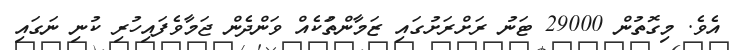
އެވެ. މިގޮތުން 29000 ޓަނު ރަށްރަށުގައި ޒަމާންތަުކެއް ވަންދެން ޖަމާވެފައިހުރި ކުނި ނަގައި